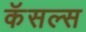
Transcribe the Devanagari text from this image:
कॅसल्स